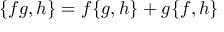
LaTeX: \{ f g , h \} = f \{ g , h \} + g \{ f , h \}